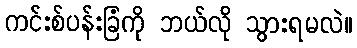
ကင်းစ်ပန်းခြံကို ဘယ်လို သွားရမလဲ။